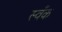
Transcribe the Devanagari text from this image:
स्वँक